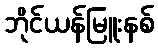
ဘိုင်ယန်မြူးနစ်